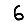
Digit: 6